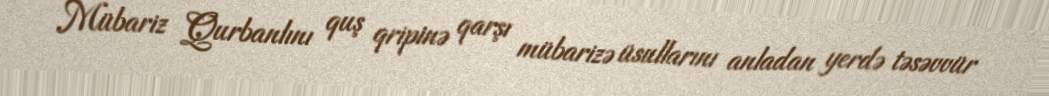
Mübariz Qurbanlını quş qripinə qarşı mübarizə üsullarını anladan yerdə təsəvvür